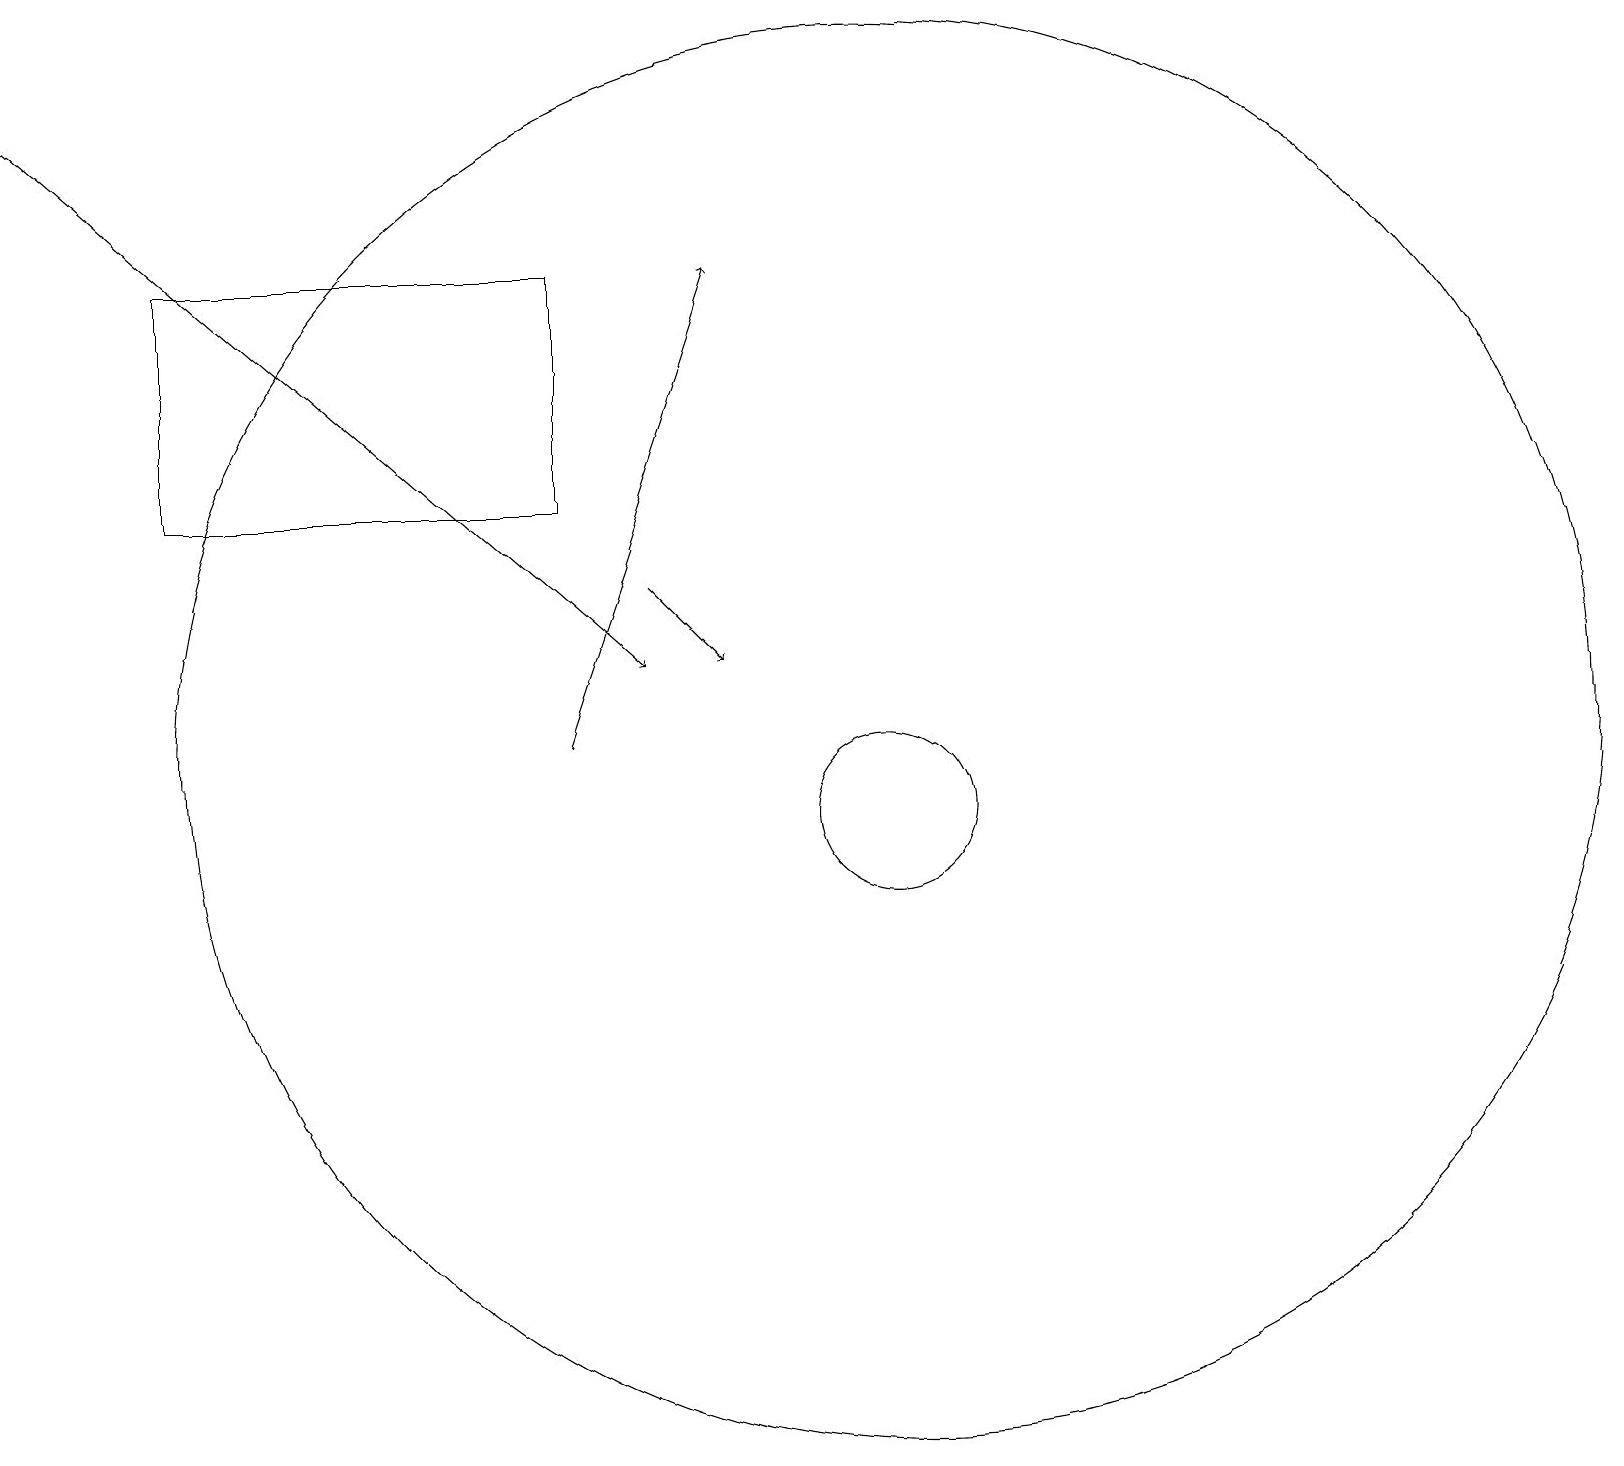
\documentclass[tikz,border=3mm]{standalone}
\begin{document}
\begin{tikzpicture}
\draw (11,11) circle (9);
\draw[->] (8,13) -- (9,12);
\draw[->] (7,11) -- (9,17);
\draw[->] (0,19) -- (8,12);
\draw (11,10) circle (1);
\draw (2,17) rectangle (7,14);
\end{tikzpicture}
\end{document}